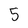
Character: 5